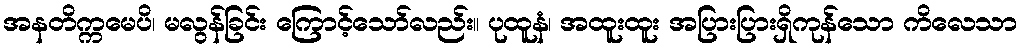
အနတိက္ကမေပိ၊ မလွန်ခြင်း ကြောင့်သော်လည်း။ ပုထူနံ၊ အထူးထူး အပြားပြားရှိကုန်သော ကိလေသာ